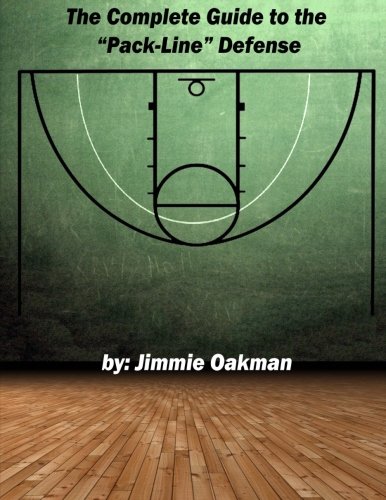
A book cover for The Complete Guide to the "Pack-Line" Defense; Jimmie Oakman; Sports & Outdoors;